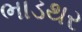
ભાડથર